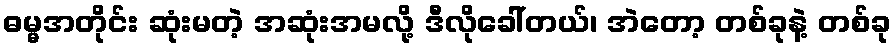
ဓမ္မအတိုင်း ဆုံးမတဲ့ အဆုံးအမလို့ ဒီလိုခေါ်တယ်၊ အဲတော့ တစ်ခုနဲ့ တစ်ခု